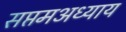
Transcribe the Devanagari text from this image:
सप्तमअध्याय